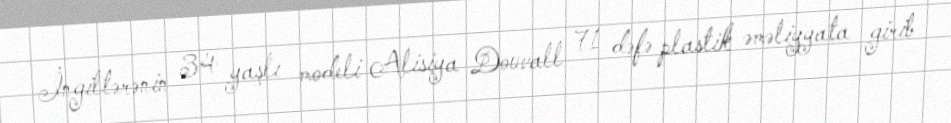
İngiltərənin 34 yaşlı modeli Alisiya Douvall 71 dəfə plastik əməliyyata girib